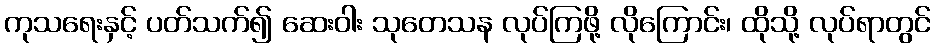
ကုသရေးနှင့် ပတ်သက်၍ ဆေးဝါး သုတေသန လုပ်ကြဖို့ လိုကြောင်း၊ ထိုသို့ လုပ်ရာတွင်